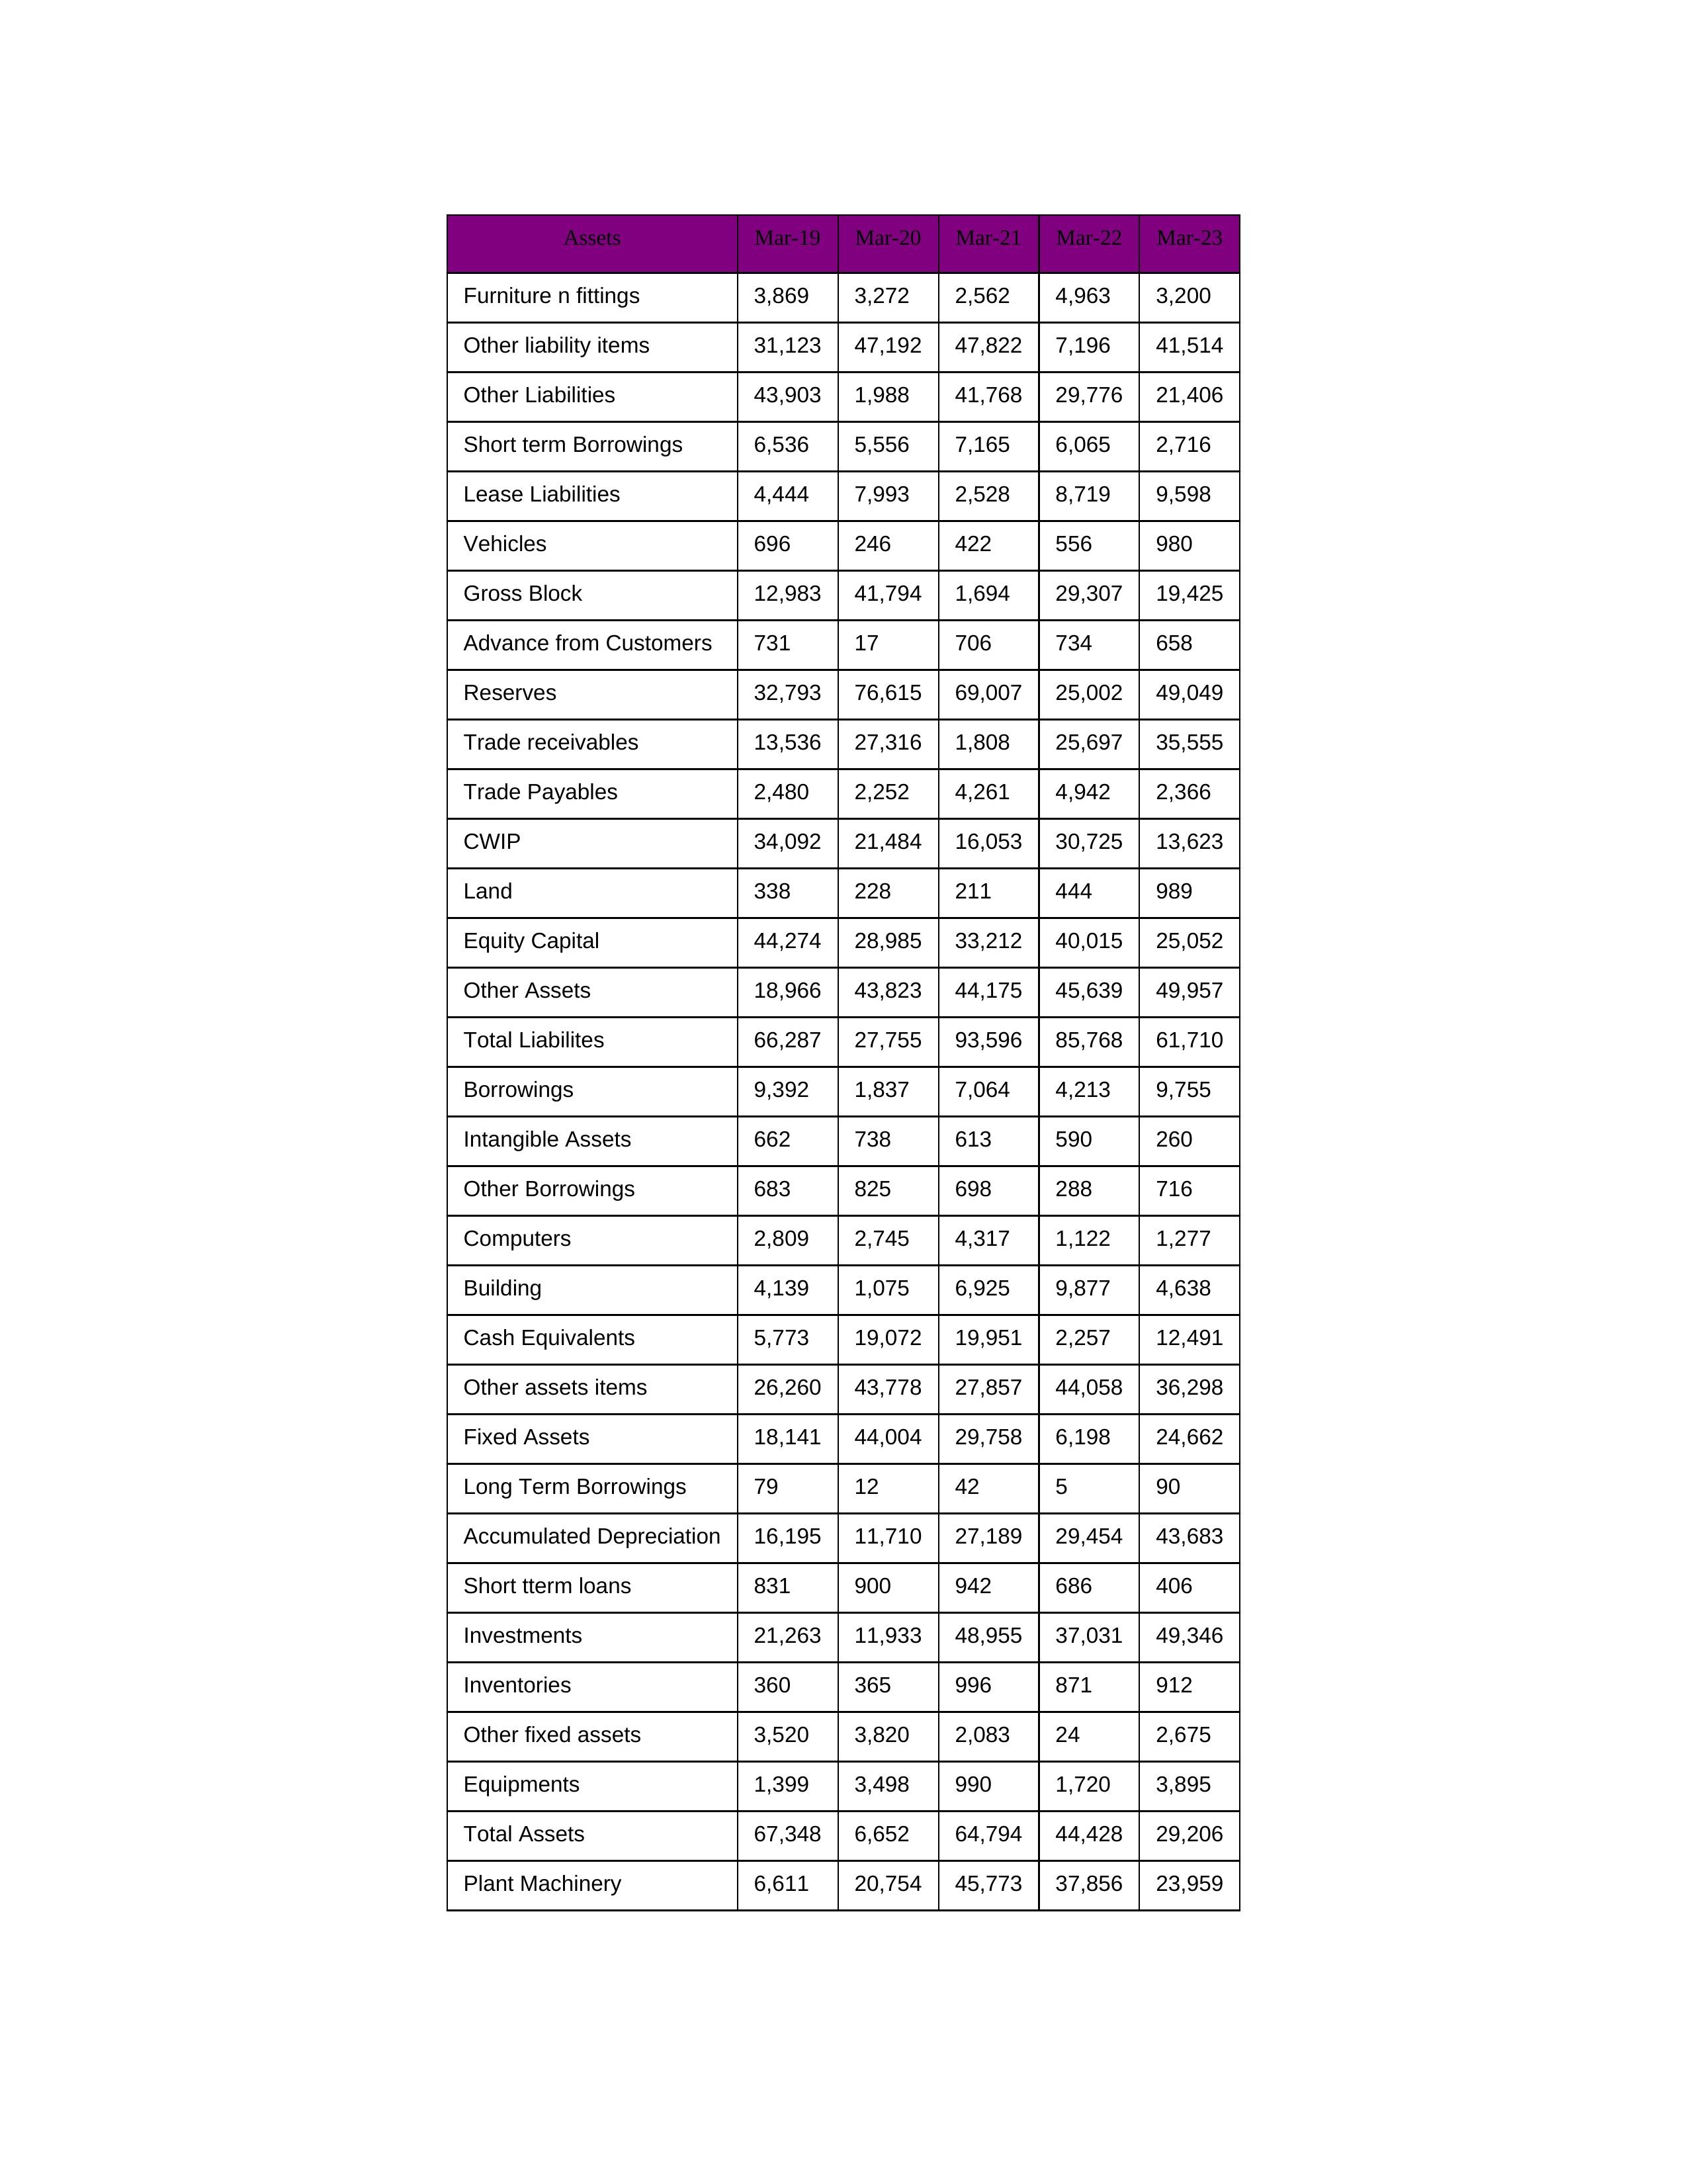
gt_parse: Mar-19: Equity Capital: 44,274
Reserves: 32,793
Borrowings: 9,392
Long Term Borrowings: 79
Short term Borrowings: 6,536
Lease Liabilities: 4,444
Other Borrowings: 683
Other Liabilities: 43,903
Trade Payables: 2,480
Advance from Customers: 731
Other liability items: 31,123
Total Liabilites: 66,287
Fixed Assets: 18,141
Land: 338
Building: 4,139
Plant Machinery: 6,611
Equipments: 1,399
Computers: 2,809
Furniture n fittings: 3,869
Vehicles: 696
Intangible Assets: 662
Other fixed assets: 3,520
Gross Block: 12,983
Accumulated Depreciation: 16,195
CWIP: 34,092
Investments: 21,263
Other Assets: 18,966
Inventories: 360
Trade receivables: 13,536
Cash Equivalents: 5,773
Short tterm loans: 831
Other assets items: 26,260
Total Assets: 67,348
Mar-20: Equity Capital: 28,985
Reserves: 76,615
Borrowings: 1,837
Long Term Borrowings: 12
Short term Borrowings: 5,556
Lease Liabilities: 7,993
Other Borrowings: 825
Other Liabilities: 1,988
Trade Payables: 2,252
Advance from Customers: 17
Other liability items: 47,192
Total Liabilites: 27,755
Fixed Assets: 44,004
Land: 228
Building: 1,075
Plant Machinery: 20,754
Equipments: 3,498
Computers: 2,745
Furniture n fittings: 3,272
Vehicles: 246
Intangible Assets: 738
Other fixed assets: 3,820
Gross Block: 41,794
Accumulated Depreciation: 11,710
CWIP: 21,484
Investments: 11,933
Other Assets: 43,823
Inventories: 365
Trade receivables: 27,316
Cash Equivalents: 19,072
Short tterm loans: 900
Other assets items: 43,778
Total Assets: 6,652
Mar-21: Equity Capital: 33,212
Reserves: 69,007
Borrowings: 7,064
Long Term Borrowings: 42
Short term Borrowings: 7,165
Lease Liabilities: 2,528
Other Borrowings: 698
Other Liabilities: 41,768
Trade Payables: 4,261
Advance from Customers: 706
Other liability items: 47,822
Total Liabilites: 93,596
Fixed Assets: 29,758
Land: 211
Building: 6,925
Plant Machinery: 45,773
Equipments: 990
Computers: 4,317
Furniture n fittings: 2,562
Vehicles: 422
Intangible Assets: 613
Other fixed assets: 2,083
Gross Block: 1,694
Accumulated Depreciation: 27,189
CWIP: 16,053
Investments: 48,955
Other Assets: 44,175
Inventories: 996
Trade receivables: 1,808
Cash Equivalents: 19,951
Short tterm loans: 942
Other assets items: 27,857
Total Assets: 64,794
Mar-22: Equity Capital: 40,015
Reserves: 25,002
Borrowings: 4,213
Long Term Borrowings: 5
Short term Borrowings: 6,065
Lease Liabilities: 8,719
Other Borrowings: 288
Other Liabilities: 29,776
Trade Payables: 4,942
Advance from Customers: 734
Other liability items: 7,196
Total Liabilites: 85,768
Fixed Assets: 6,198
Land: 444
Building: 9,877
Plant Machinery: 37,856
Equipments: 1,720
Computers: 1,122
Furniture n fittings: 4,963
Vehicles: 556
Intangible Assets: 590
Other fixed assets: 24
Gross Block: 29,307
Accumulated Depreciation: 29,454
CWIP: 30,725
Investments: 37,031
Other Assets: 45,639
Inventories: 871
Trade receivables: 25,697
Cash Equivalents: 2,257
Short tterm loans: 686
Other assets items: 44,058
Total Assets: 44,428
Mar-23: Equity Capital: 25,052
Reserves: 49,049
Borrowings: 9,755
Long Term Borrowings: 90
Short term Borrowings: 2,716
Lease Liabilities: 9,598
Other Borrowings: 716
Other Liabilities: 21,406
Trade Payables: 2,366
Advance from Customers: 658
Other liability items: 41,514
Total Liabilites: 61,710
Fixed Assets: 24,662
Land: 989
Building: 4,638
Plant Machinery: 23,959
Equipments: 3,895
Computers: 1,277
Furniture n fittings: 3,200
Vehicles: 980
Intangible Assets: 260
Other fixed assets: 2,675
Gross Block: 19,425
Accumulated Depreciation: 43,683
CWIP: 13,623
Investments: 49,346
Other Assets: 49,957
Inventories: 912
Trade receivables: 35,555
Cash Equivalents: 12,491
Short tterm loans: 406
Other assets items: 36,298
Total Assets: 29,206